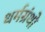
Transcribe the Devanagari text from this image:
धर्मग्रंथो